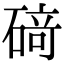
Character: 𥔎